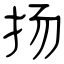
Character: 扬